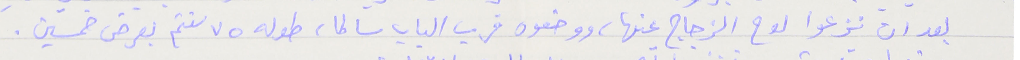
بعد ان نزعوا لوح الزجاج عنها، ووضعوه قرب الباب سالما، طوله ٧٥ سنتم بعرض خمسين .